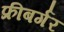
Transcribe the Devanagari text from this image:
फ्रीबर्गर